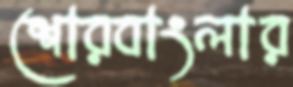
শোরবাংলার